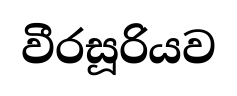
වීරසූරියව